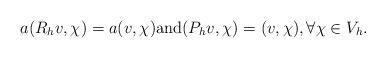
LaTeX: \begin{align*} a(R_h v, \chi)=a(v,\chi){\rm and} (P_h v,\chi)=(v,\chi),\forall \chi \in V_h.\end{align*}